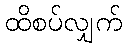
ထိစပ်လျှက်